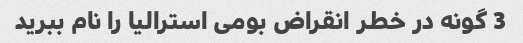
3 گونه در خطر انقراض بومی استرالیا را نام ببرید